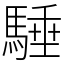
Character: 䮔